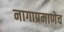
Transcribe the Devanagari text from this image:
नागाप्रमाणेच